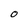
Character: 0